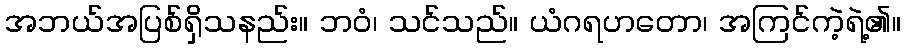
အဘယ်အပြစ်ရှိသနည်း။ ဘဝံ၊ သင်သည်။ ယံဂရဟတော၊ အကြင်ကဲ့ရဲ့၏။